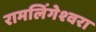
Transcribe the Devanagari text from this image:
रामलिंगेश्‍वरा